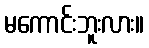
မကောင်းဘူးလား။